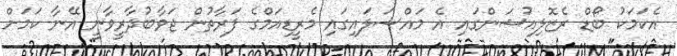
އެކަމަކު ބޯޑް ރެޒޮލިއުޝަންގައި އެ މައްސަލައިގައި މެރީޑިއަމްގެ ފަރާތުން ޖަވާބުދާރީވާނީ އޭނާ ކަމަށް